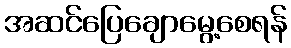
အဆင်ပြေချောမွေ့စေရန်